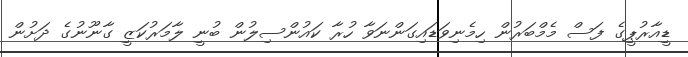
ޑީއާރުޕީގެ ފަސް މެމްބަރުން ހިމެނިވަޑައިގަންނަވާ ހުރާ ކައުންސިލުން ބުނީ ލާމަރުކަޒީ ގާނޫނުގެ ދަށުން